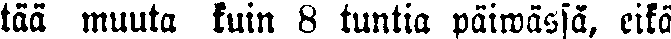
tää muuta kuin 8 tuntia päiwässä, eikä